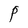
Character: P